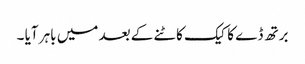
برتھ ڈے کا کیک کاٹنے کے بعد میں باہر آیا ۔